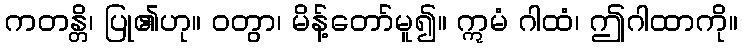
ကတန္တိ၊ ပြု၏ဟု။ ဝတွာ၊ မိန့်တော်မူ၍။ ဣမံ ဂါထံ၊ ဤဂါထာကို။